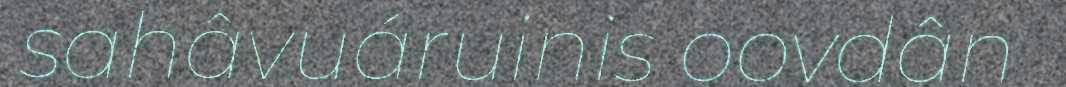
sahâvuáruinis oovdân